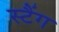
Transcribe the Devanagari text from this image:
स्टैंग